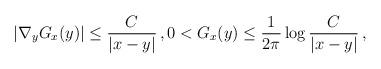
LaTeX: \begin{align*}|\nabla_y G_x(y)|\le \frac{C}{|x-y|}\,,0<G_x(y)\le \frac{1}{2\pi} \log\frac{C}{|x-y|}\,,\end{align*}